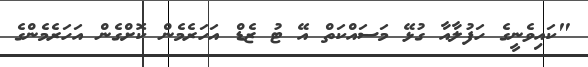
"ކައިވެނީގެ ހަފުލާއާ ގުޅޭ މަސައްކަތް އޭ ޓު ޒެޑް އަހަރެމެން ކޮށްގެން އަހަރެމެންގެ